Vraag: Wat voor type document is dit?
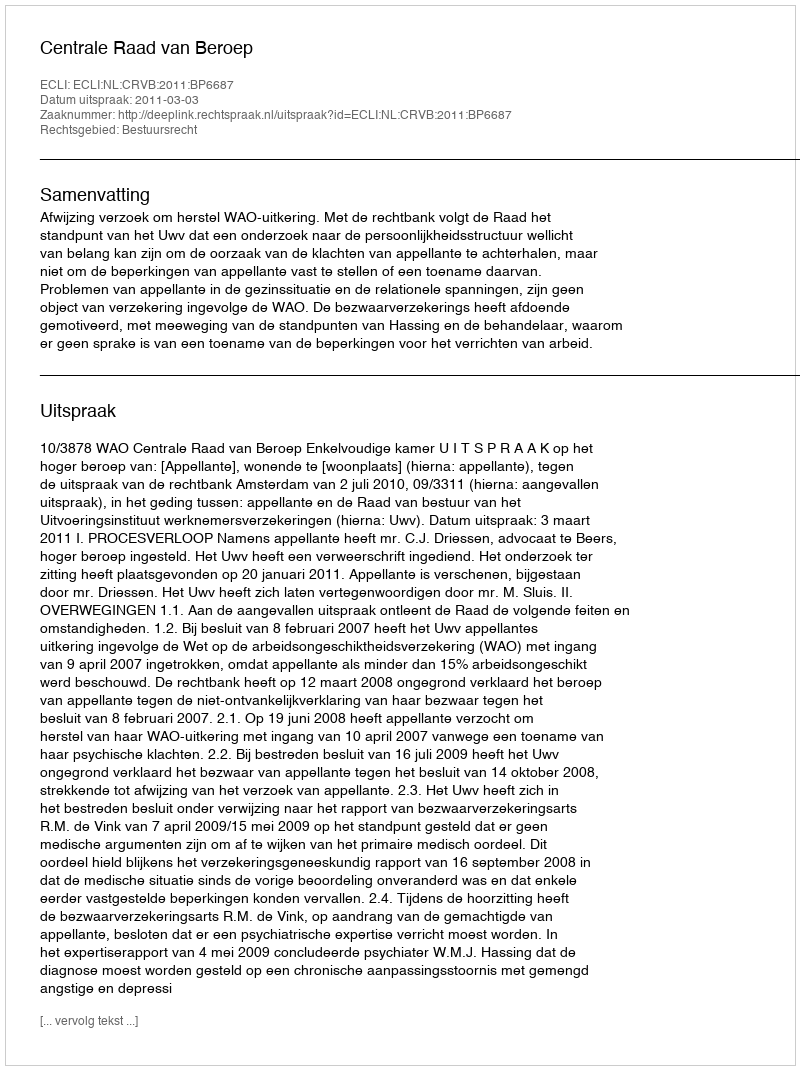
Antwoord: Uitspraak